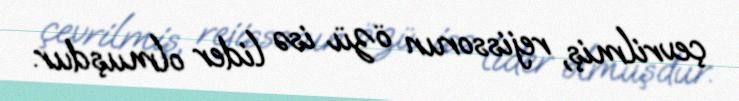
çevrilmiş, rejissorun özü isə lider olmuşdur.